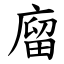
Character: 廇